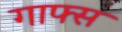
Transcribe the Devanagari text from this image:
गाफ्स